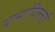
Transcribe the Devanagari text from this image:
पानापिल्लई